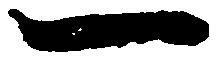
一